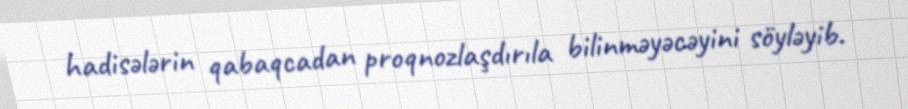
hadisələrin qabaqcadan proqnozlaşdırıla bilinməyəcəyini söyləyib.